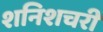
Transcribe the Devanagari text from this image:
शनिशचरी